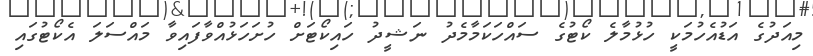
މިއަދުގެ އަޑުއެހުމަކީ ހުޅުމާލެ ކޯޓުގެ ސައްހަކަމާމެދު ނަޝީދު ހައިކޯޓަށް ހުށަހަޅުއްވާފައިވާ މައްސަލަ އެކޯޓުގައި